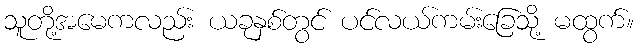
သူတို့အမေကလည်း ယခုနှစ်တွင် ပင်လယ်ကမ်းခြေသို့ မထွက်။